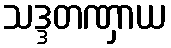
သဒ္ဒတဏှာယ